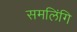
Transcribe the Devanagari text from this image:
समलिंगि